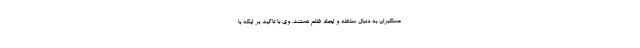
مستکبران به دنبال سلطه و ایجاد ظلم هستند. وی با تاکید بر اینکه با